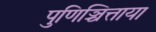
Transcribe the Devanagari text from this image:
पुणिञ्चित्ताया